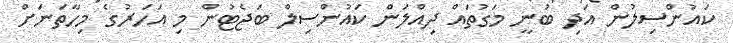
ކައުންސިލުން އަދި ބުނީ މަގުތައް ދިއްލަން ކައުންސިލް ބަޖެޓުން މި އަހަރުގެ މިހާތަނަށް